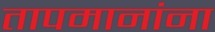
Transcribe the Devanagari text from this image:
तापमानांना